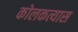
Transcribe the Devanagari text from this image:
कोलकत्यास